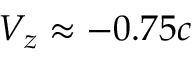
V _ { z } \approx - 0 . 7 5 c